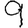
Digit: 9